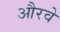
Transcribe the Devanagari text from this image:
औरवे